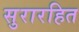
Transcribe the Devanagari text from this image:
सुरारहित